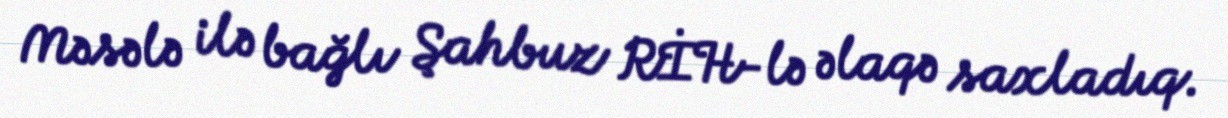
Məsələ ilə bağlı Şahbuz RİH-lə əlaqə saxladıq.